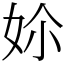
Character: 㚷